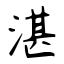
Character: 湛